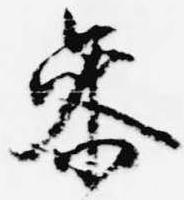
参